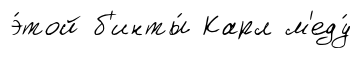
э́той б'инты́ Карл м'еду́